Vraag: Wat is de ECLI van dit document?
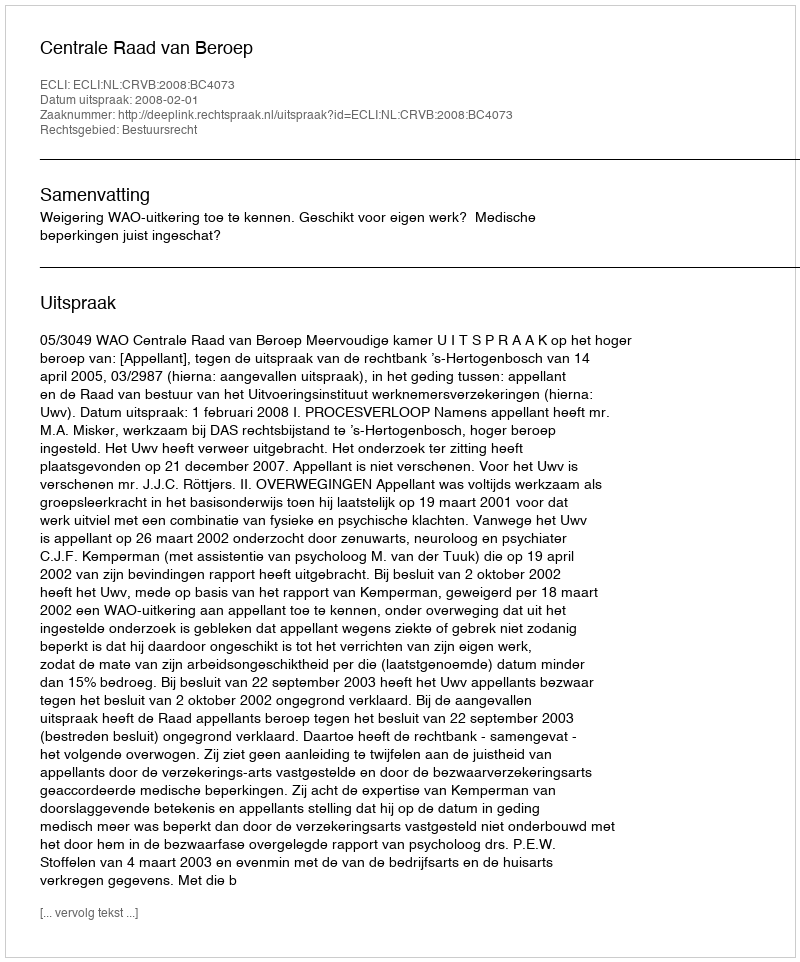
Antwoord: ECLI:NL:CRVB:2008:BC4073